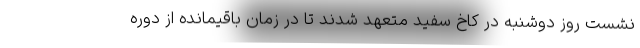
نشست روز دوشنبه در کاخ سفید متعهد شدند تا در زمان باقیمانده از دوره